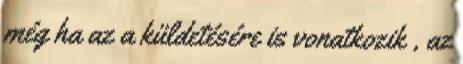
még ha az a küldetésére is vonatkozik , az